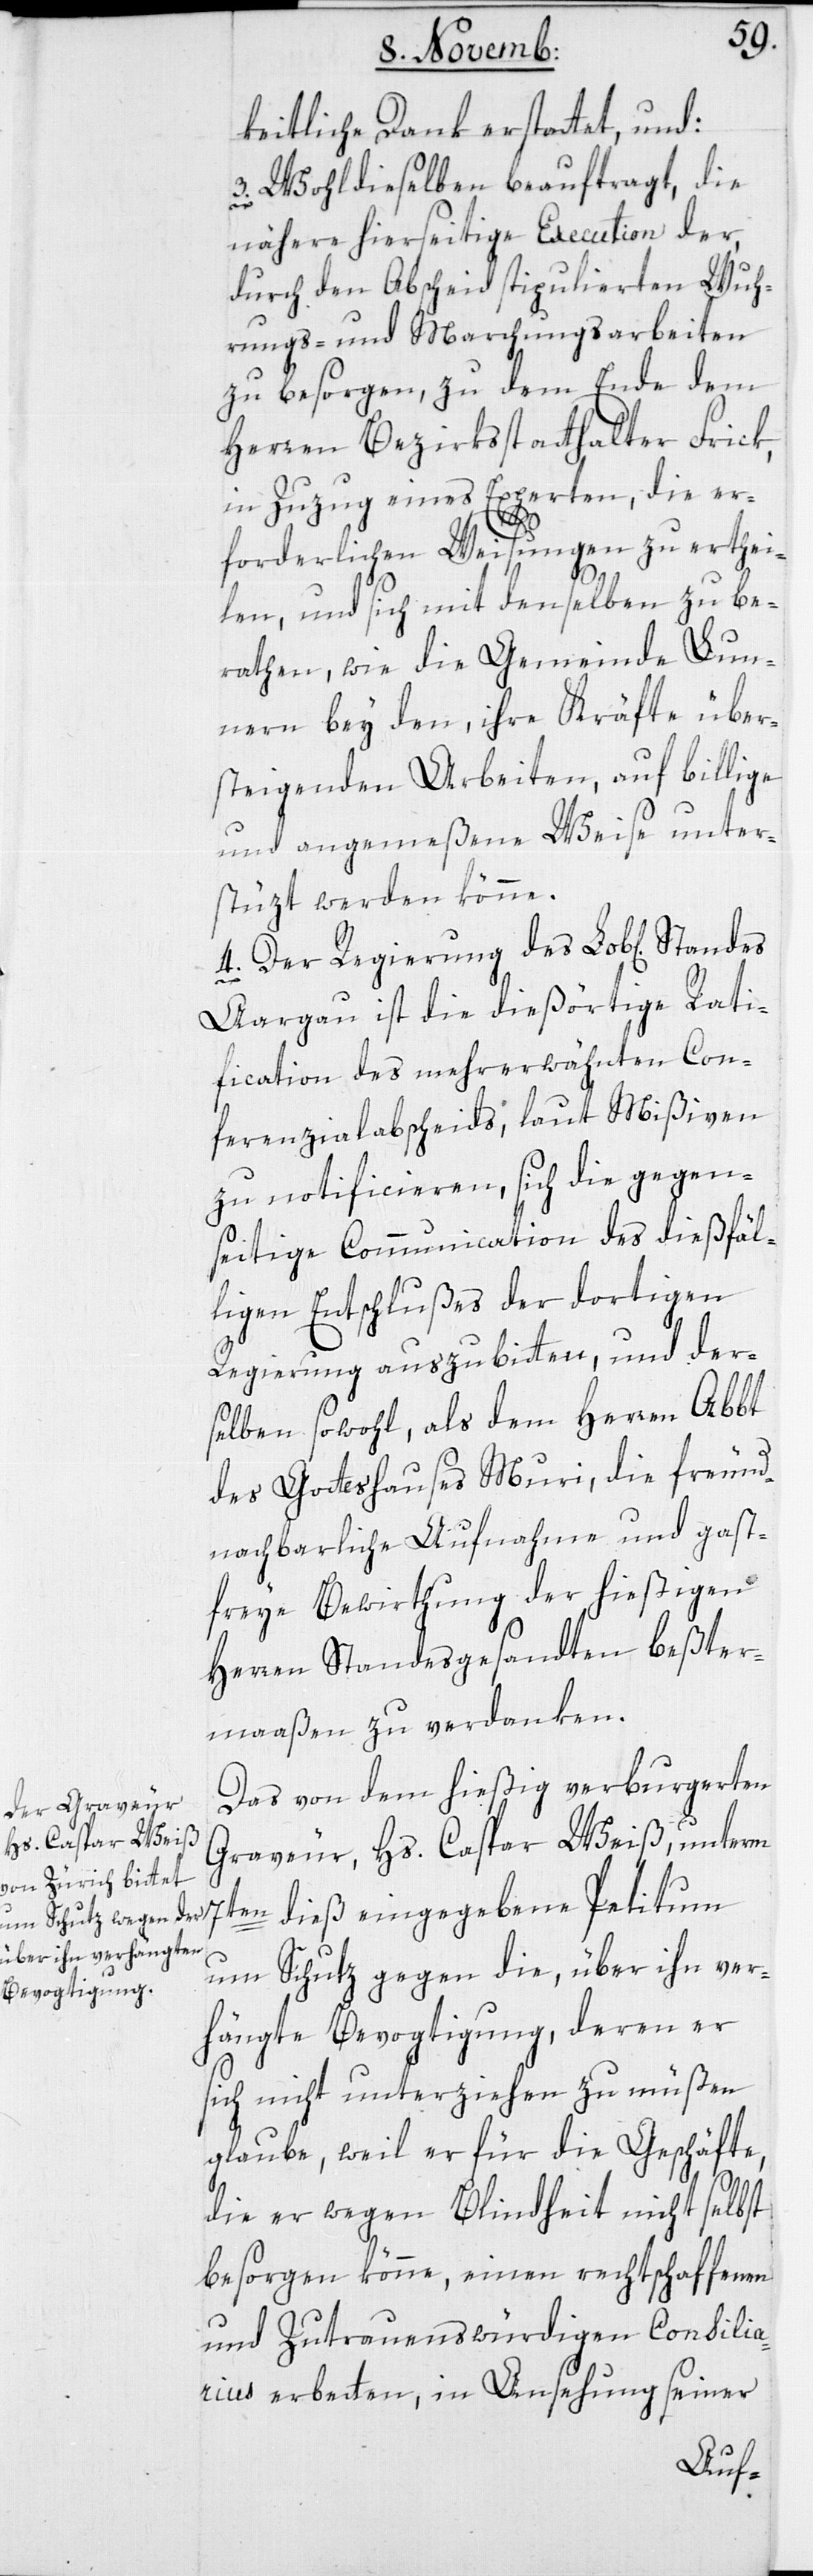
keitliche Dank erstattet, und:
3. Wohldieselben beauftragt, die
nähere hierseitige Execution der,
durch den Abscheid stipulierten Wuh¬
rungs- und Marchungsarbeiten
zu besorgen, zu dem Ende dem
Herren Bezirksstatthalter Frick,
in Zuzug eines Experten, die er¬
dieß
forderlichen Weisungen zu erthei¬
len, und sich mit denselben zu be¬
raten, wie die Gemeinde Lun¬
nern bey den, ihre Kräfte über¬
steigenden Arbeiten, auf billige
und angemeßene Weise unter¬
stüzt werden könne.
4. Der Regierung des Lob[lichen]
Aargau ist die dießörtige Rati¬
fication des mehrerwähnten Con¬
ferenzial-Abscheids, laut Mißiven,
zu notificieren, sich die gegen¬
seitige Communication des dießfäl¬
ligen Entschlußes der dortigen
Regierung auszubitten, und der¬
selben sowohl, als dem Herren Abbt
des Gotteshauses Muri, die freund¬
nachbarliche Aufnahme und gast¬
freye Bewirthung der hießigen
Herren Standesgesandten beßter¬
maaßen zu verdanken.
Das von dem hießig verburgerten
Graveur, Hs. Caspar Weiß, unterm
um Schutz gegen die, über ihn ver¬
hängte Bevogtigung, deren er
sich nicht unterziehen zu müßen
glaube, weil er für die Geschäfte,
die er wegen Blindheit nicht selbst
besorgen könne, einen rechtschaffenen
und zutrauenswürdigen Consilia¬
rius erbetten, in Ansehung seiner